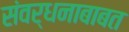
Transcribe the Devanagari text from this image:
संवर्धनाबाबत